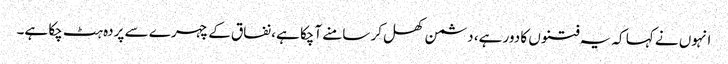
انہوں نے کہا کہ یہ فتنوں کا دور ہے، دشمن کھل کر سامنے آچکا ہے، نفاق کے چہرے سے پردہ ہٹ چکا ہے۔